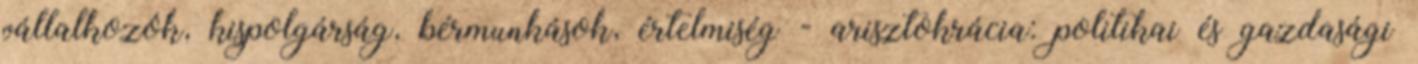
vállalkozók, kispolgárság, bérmunkások, értelmiség - arisztokrácia: politikai és gazdasági